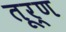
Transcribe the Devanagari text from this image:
तूर्ण